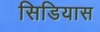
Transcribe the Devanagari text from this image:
सिडियास